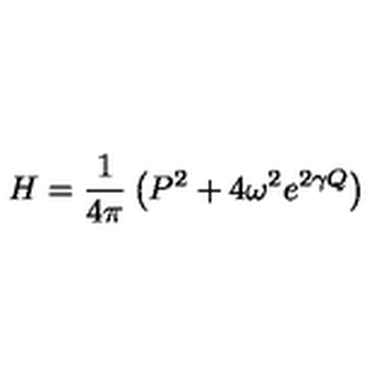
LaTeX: H = \frac { 1 } { 4 \pi } \left( P ^ { 2 } + 4 \omega ^ { 2 } e ^ { 2 \gamma Q } \right)